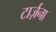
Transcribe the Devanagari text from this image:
टार्ज़ना